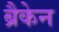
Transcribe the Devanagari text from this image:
ब्रैकेन